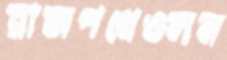
রাজপথেওলন